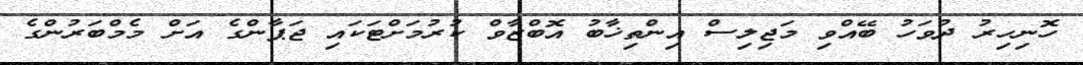
ހޮނިހިރު ދުވަހު ބޭއްވި މަޖިލިސް އިންތިޚާބު އޮބްޒާވް ކުރުމަށްޓަކައި ޖަޕާންގެ އަށް މެމްބަރުންގެ